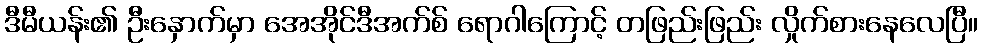
ဒီမီယန်း၏ ဦးနှောက်မှာ အေအိုင်ဒီအက်စ် ရောဂါကြောင့် တဖြည်းဖြည်း လှိုက်စားနေလေပြီ။